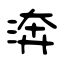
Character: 渀